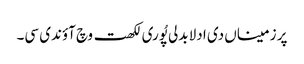
پر زمیناں دی ادلا بدلی پُوری لکھت وچ آؤندی سی۔